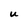
Character: U